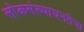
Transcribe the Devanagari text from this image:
लोकसंख्याघनतेचा